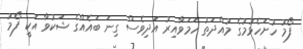
ފޯމު ހުށަހެޅުމުގެ މުއްދަތު ހަމަވާއިރު އަދިވެސް ގިނަ ބައެއްގެ ޝަކުވާ އަކީ ފޯމު